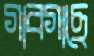
গাবগাছে